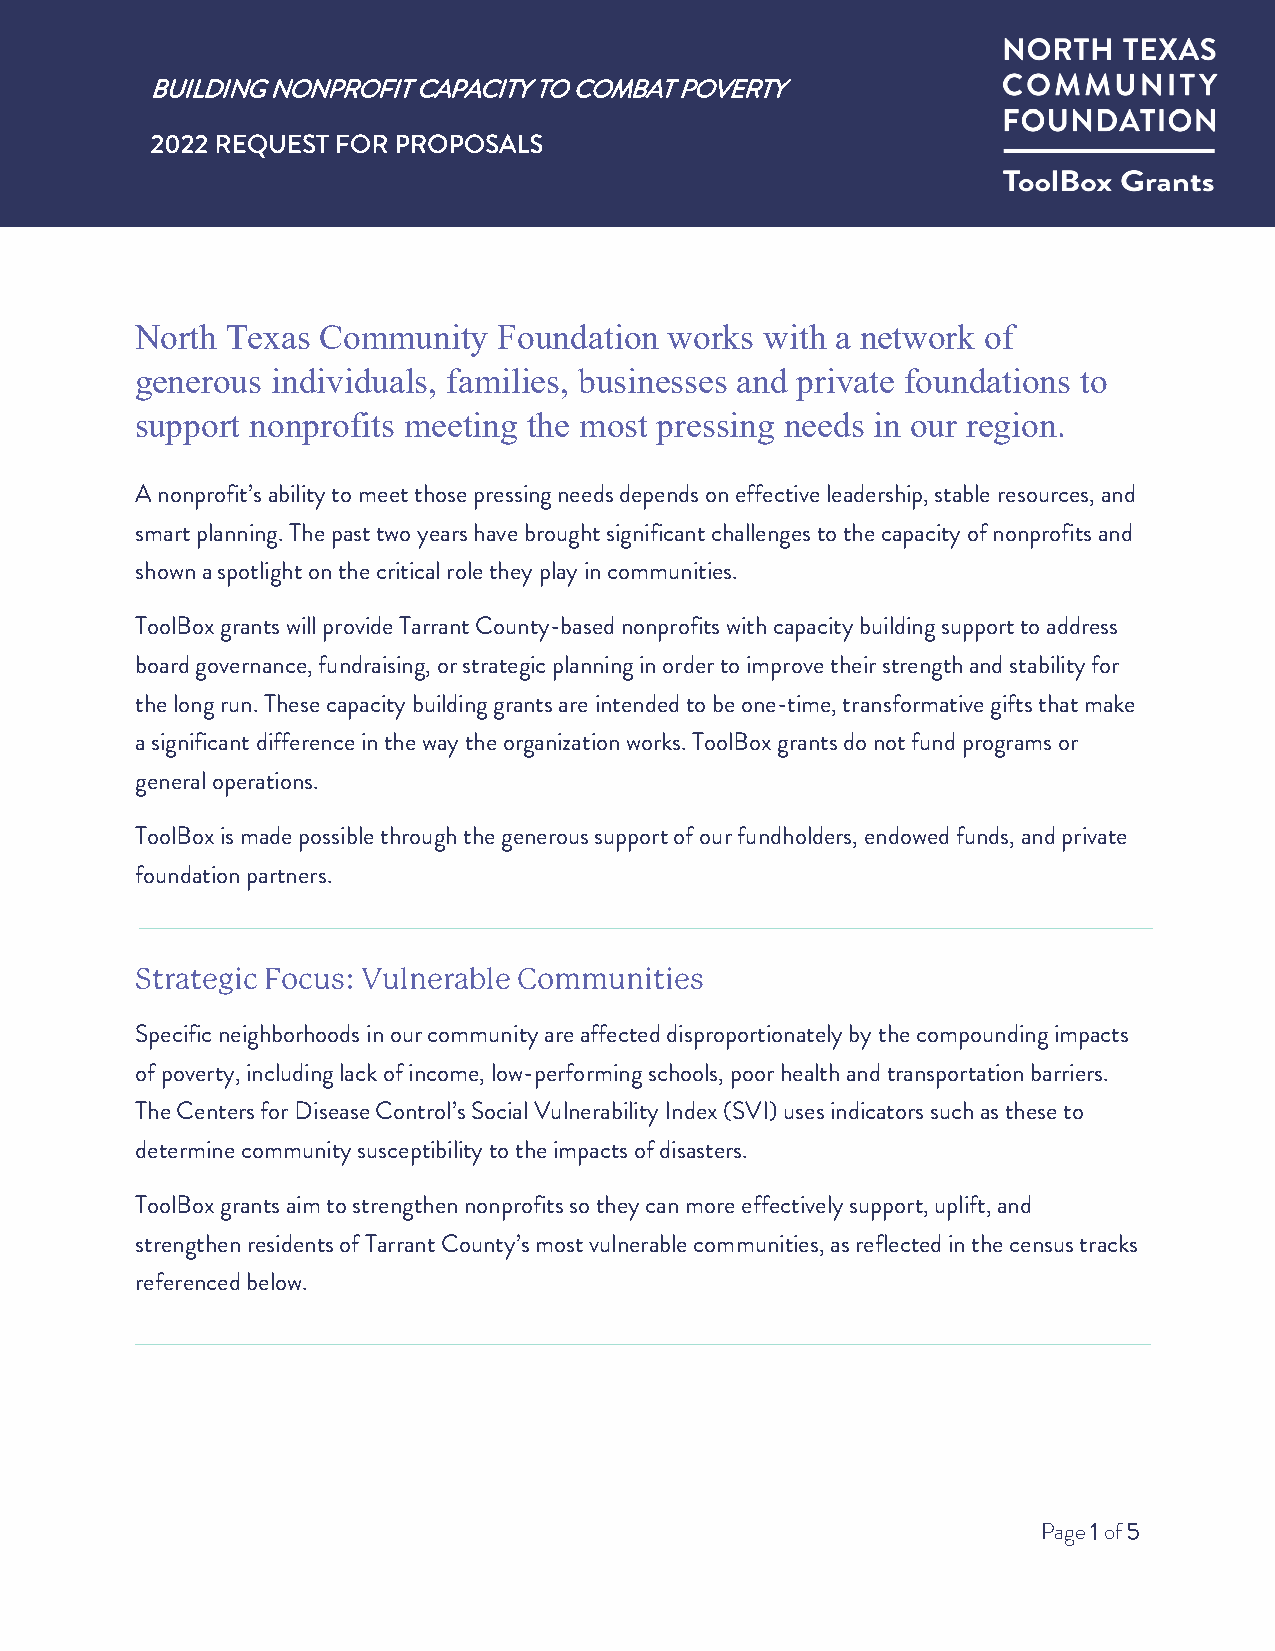
BUILDING NONPROFIT CAPACITY TO COMBAT POVERTY
 2022 REQUEST FOR PROPOSALS
 North Texas Community   Foundation works  with a network of
 generous individuals, families, businesses and private foundations to
 support nonprofits meeting the most pressing needs in our region.
 A nonprofit’s ability to meet those pressing needs depends on effective leadership, stable resources, and
 smart planning. The past two years have brought significant challenges to the capacity of nonprofits and
 shown a spotlight on the critical role they play in communities.
 ToolBox grants will provide Tarrant County-based nonprofits with capacity building support to address
 board governance, fundraising, or strategic planning in order to improve their strength and stability for
 the long run. These capacity building grants are intended to be one-time, transformative gifts that make
 a significant difference in the way the organization works. ToolBox grants do not fund programs or
 general operations.
 ToolBox is made possible through the generous support of our fundholders, endowed funds, and private
 foundation partners.
 Strategic Focus: Vulnerable Communities
 Specific neighborhoods in our community are affected disproportionately by the compounding impacts
 of poverty, including lack of income, low-performing schools, poor health and transportation barriers.
 The Centers for Disease Control’s Social Vulnerability Index (SVI) uses indicators such as these to
 determine community susceptibility to the impacts of disasters.
 ToolBox grants aim to strengthen nonprofits so they can more effectively support, uplift, and
 strengthen residents of Tarrant County’s most vulnerable communities, as reflected in the census tracks
 referenced below.
 Page 1 of 5